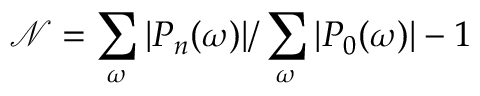
\mathcal { N } = \sum _ { \omega } | P _ { n } ( \omega ) | / \sum _ { \omega } | P _ { 0 } ( \omega ) | - 1